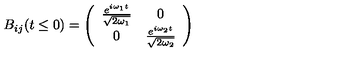
B _ { i j } ( t \leq 0 ) = \left( \begin{array} { c c } { \frac { e ^ { i \omega _ { 1 } t } } { \sqrt { 2 \omega _ { 1 } } } } & { 0 } \\ { 0 } & { \frac { e ^ { i \omega _ { 2 } t } } { \sqrt { 2 \omega _ { 2 } } } } \\ \end{array} \right)